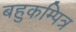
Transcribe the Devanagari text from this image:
बहुकम्पित्र